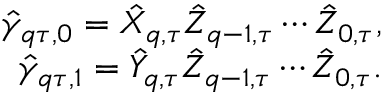
\begin{array} { r } { \hat { \gamma } _ { q \tau , 0 } = \hat { X } _ { q , \tau } \hat { Z } _ { q - 1 , \tau } \cdots \hat { Z } _ { 0 , \tau } , } \\ { \hat { \gamma } _ { q \tau , 1 } = \hat { Y } _ { q , \tau } \hat { Z } _ { q - 1 , \tau } \cdots \hat { Z } _ { 0 , \tau } . } \end{array}